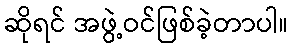
ဆိုရင် အဖွဲ့ဝင်ဖြစ်ခဲ့တာပါ။